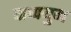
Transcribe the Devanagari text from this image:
वाष्पयुग